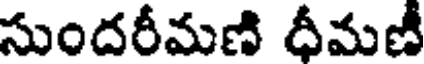
సుందరీమణి దీమణీ